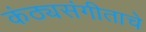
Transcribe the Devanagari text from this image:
कंठ्यसंगीताचे